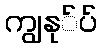
ကျွနု်ပ်